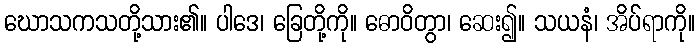
ဃောသကသတို့သား၏။ ပါဒေ၊ ခြေတို့ကို။ ဓောဝိတွာ၊ ဆေး၍။ သယနံ၊ အိပ်ရာကို။